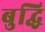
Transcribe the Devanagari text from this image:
बुद्धि